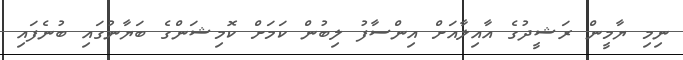
ނިމި ޔާމީން ރަޝީދުގެ އާއިލާއަށް އިންސާފު ލިބުން ކަމަށް ކޮމިޝަންގެ ބަޔާނުގައި ބުނެފައި